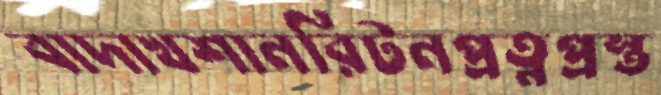
বাদাখশানরিটনপ্রত্নপ্রস্ত